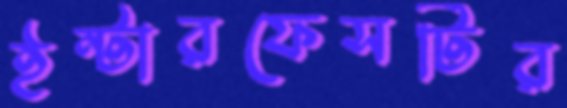
ইন্টারফেসটির